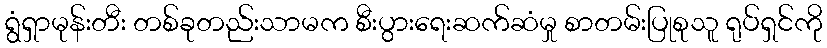
ရွံရှာမုန်းတီး တစ်ခုတည်းသာမက စီးပွားရေးဆက်ဆံမှု စာတမ်းပြုစုသူ ရုပ်ရှင်ကို